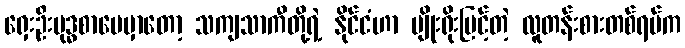
ရှေးဦးဗုဒ္ဓစာပေမှာတော့ သကျသာကီတို့ရဲ့ နိုင်ငံဟာ မျိုးရိုးမြင့်တဲ့ လူတန်းစားတစ်ရပ်က